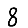
Digit: 8